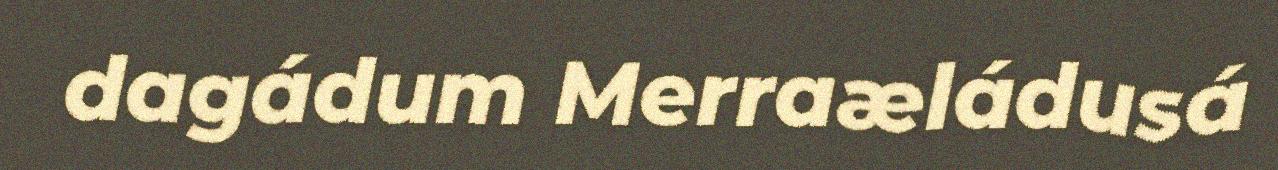
dagádum Merraæládusá